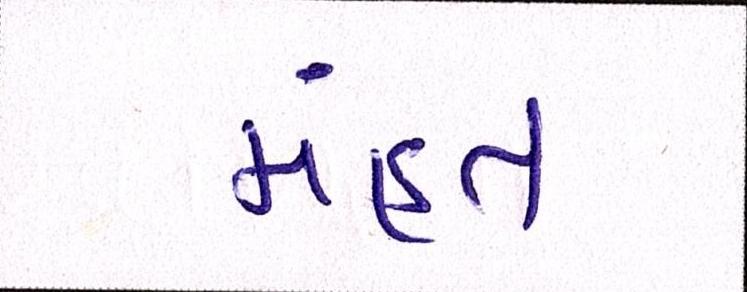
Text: મંહત